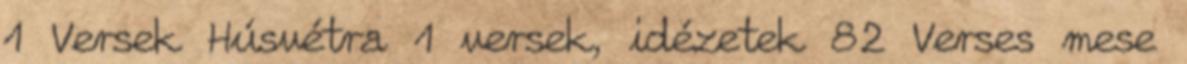
1 Versek Húsvétra 1 versek, idézetek 82 Verses mese